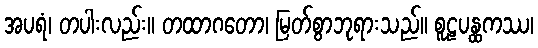
အပရံ၊ တပါးလည်း။ တထာဂတော၊ မြတ်စွာဘုရားသည်။ စူဠပန္ထကဿ၊